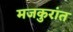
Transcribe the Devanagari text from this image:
मजकुरांत